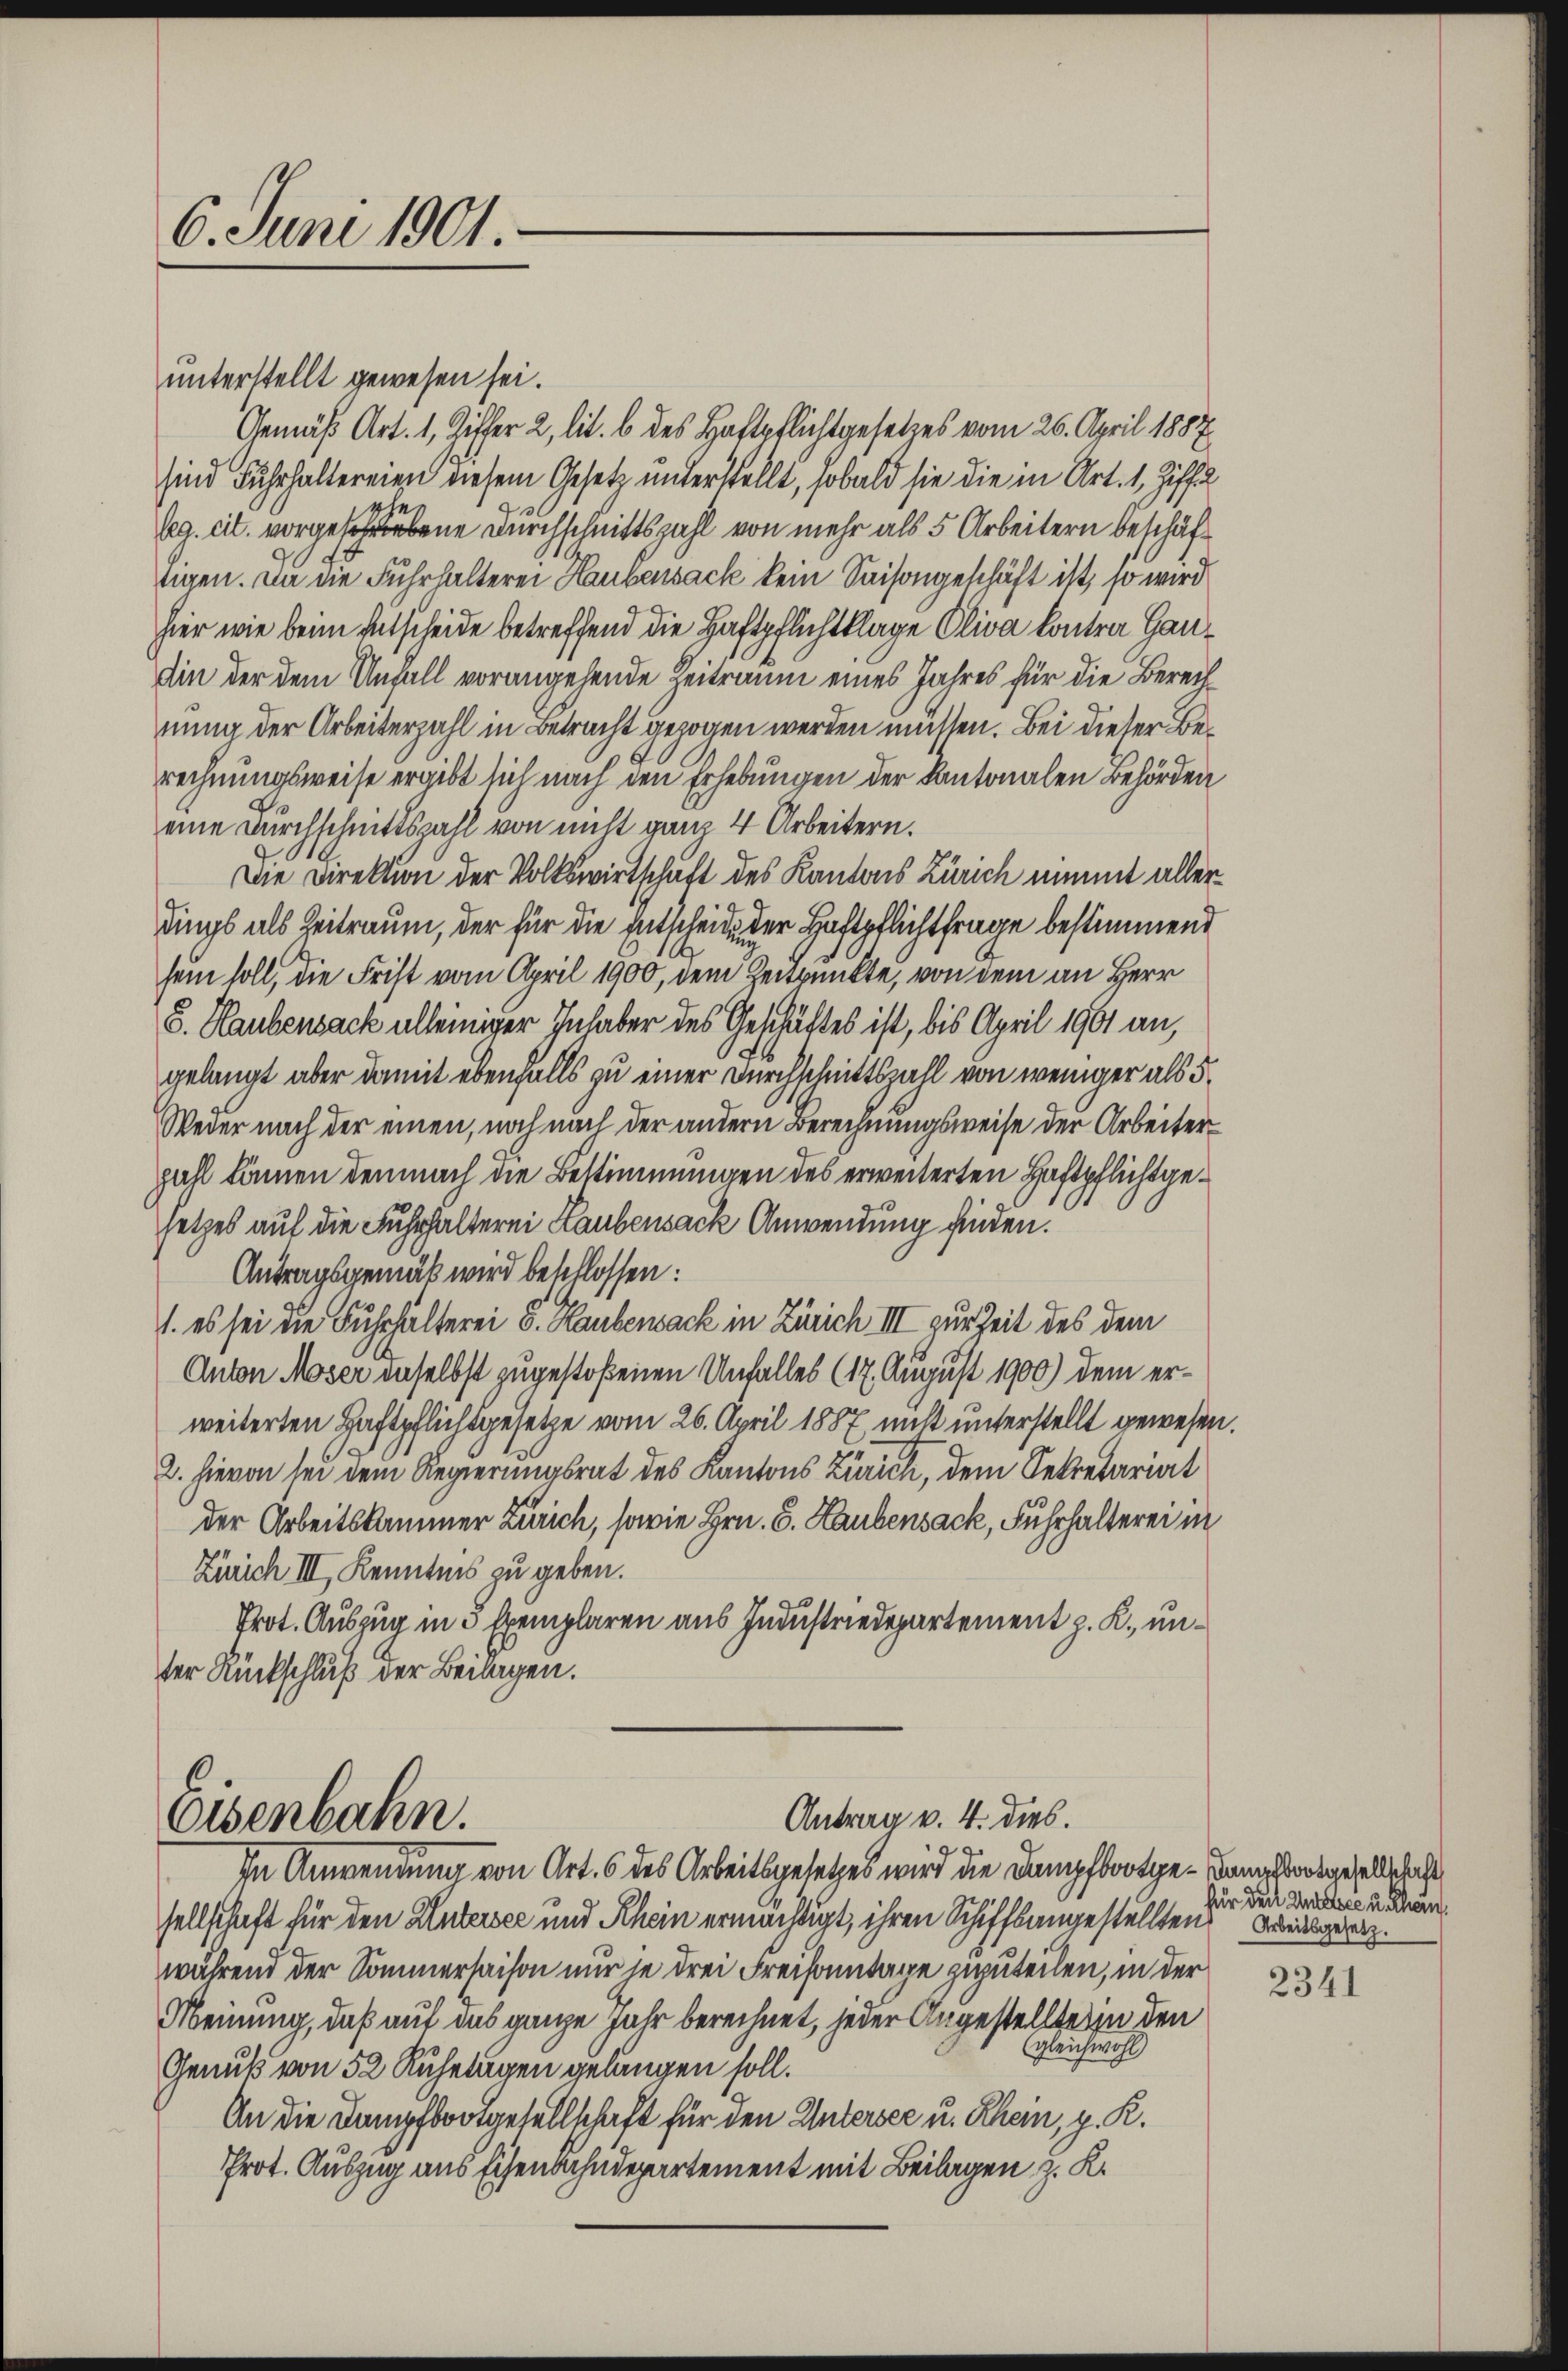
6. Juni 1901.

unterstellt gewesen sei.
Gemäß Art. 1, Ziffer 2, lit. b des Haftpflichtgesetzes vom 26. April 1887
sind Fuhrhaltereien diesem Gesetz unterstellt, sobald sie die in Art. 1, Ziffe
lg. cit. vorgehene Durchschnittszahl von mehr als 5 Arbeitern beschäftigen. Die die Fuhrhalterei Haubensack kein Saisongeschäft ist, so wird
hier wie beim Entscheide betreffend die Haftpflichtklage Oliva kontra Handin der dem Unfall vorangehende Zeitraum eines Jahres für die Berechnung der Arbeiterzahl in Betracht gezogen werden müssen. Bei dieser Berechnungsweise ergibt sich nach den Erhebungen der Kantonalen Behörden
eine Durchschnittszahl von nicht ganz 4 Arbeitern.
Die Direktion der Volkswirtschaft des Kantons Zürich nimmt allerdings als Zeitraum, der für die Entscheine der Haftpflichtfrage bestimmend
sein soll, die Frist vom April 1900, dem Zeitpunkte, von dem an Herr
G. Haubensack alleiniger Inhaber des Geschäftes ist, bis April 1901 an,
gelangt aber damit ebenfalls zu einer Durchschnittszahl von weniger als 5.
Weder nach der einen, noch nach der andern Berechnungsweise der Arbeiter
zahl können demnach die Bestimmungen des erweiterten Haftpflichtgesetzes auf die Fuhrhalterei Laubensack Anwendung finden.
Antragsgemäß wird beschlossen:
1. es sei die Fuhrhalterei u. Haubensack in Zürich III zur Zeit des dem
Anton Moser daselbst zugestoßenen Unfalles (17. August 1900) dem erweiterten Haftpflichsgesetze vom 26. April 1887, nicht unterstellt gewesen.
2. hievon sei dem Regierungsrat des Kantons Zürich, dem Sekretariat
der Arbeitskammer Zürich, sowie Hrn. G. Haubensack, Fuhrhalterei in
Zürich III, Kenntnis zu geben.
Prot. Auszug in 3 Exemplaren aus Industriedepartement z. R., unter Rückschluß der Beilagen.

Antrag v. 4. dies.
Eisenbahn.

In Anwendung von Art. 6 des Arbeitsgesetzes wird die Dampfbootge-Dame dortgesellschaft
sellschaft für den Untersee und Rhein ermächtigt, ihren Schiffsangestellten
während der Sommersaison nur se drei Freisonntage zuzuteilen, in der
Meinung, daß auf das ganze Jahr berechnet, jeder Angestellte in den
gleichwohl
Genuß von 52 Ruhetagen gelangen soll.
An die Dampfbootgesellschaft für den Untersee u. Rhein, z. R.
Prot. Auszug aus Eisenbahndepartement mit Beilagen z. K.

für den Andelsee u. hern
Arbeitsgesetz.

2341